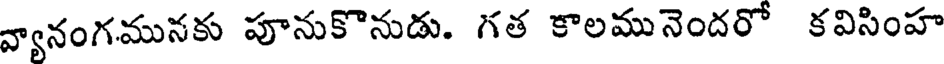
వ్యానంగమునకు పూనుకొనుడు. గత కాలమునెందరో కవిసింహ